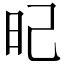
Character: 𣅗